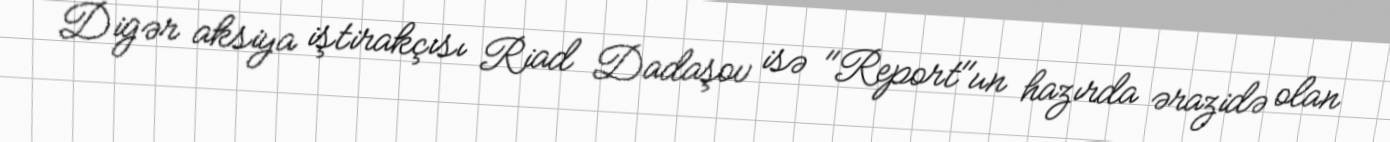
Digər aksiya iştirakçısı Riad Dadaşov isə "Report"un hazırda ərazidə olan